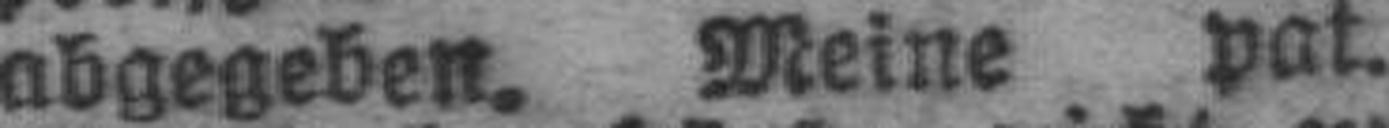
abgegeben. Meine pat.